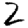
Digit: 2